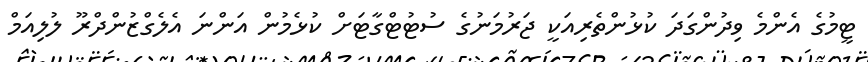
ޓީމުގެ އެންމެ ވިދުންގަދަ ކުޅުންތެރިއަކީ ޖަރުމަނުގެ ސުޓުޓްގާޓަށް ކުޅެމުން އަންނަ އެލެގްޒުންދްރޫ ލުލިއަމް